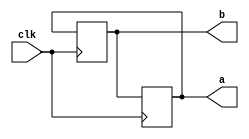
module swapping(a,b,clk);
input clk;
output reg a,b;
initial
begin;
a=1'b0;
b=1'b1;
end
always@(posedge clk)
begin
a<=b;
b<=a;
end
endmodule